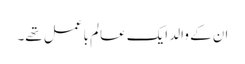
ان کے والد ایک عالم با عمل تھے۔